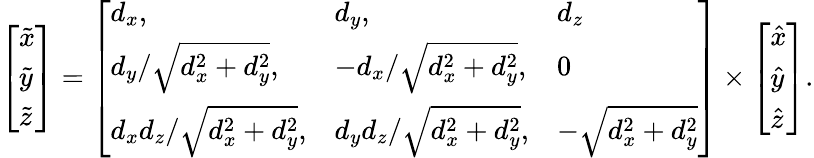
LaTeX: \begin{array}{r}{\left[\begin{array}{l}{\tilde{x}}\\ {\tilde{y}}\\ {\tilde{z}}\end{array}\right]=\left[\begin{array}{lll}{d_{x},}&{d_{y},}&{d_{z}}\\ {{d_{y}}/{\sqrt{d_{x}^{2}+d_{y}^{2}}},}&{{-d_{x}}/{\sqrt{d_{x}^{2}+d_{y}^{2}}},}&{0}\\ {{d_{x}d_{z}}/{\sqrt{d_{x}^{2}+d_{y}^{2}}},}&{{d_{y}d_{z}}/{\sqrt{d_{x}^{2}+d_{y}^{2}}},}&{-\sqrt{d_{x}^{2}+d_{y}^{2}}}\end{array}\right]\times\left[\begin{array}{l}{\hat{x}}\\ {\hat{y}}\\ {\hat{z}}\end{array}\right].}\end{array}